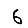
Digit: 6